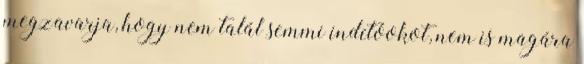
megzavarja, hogy nem talál semmi indítóokot, nem is magára